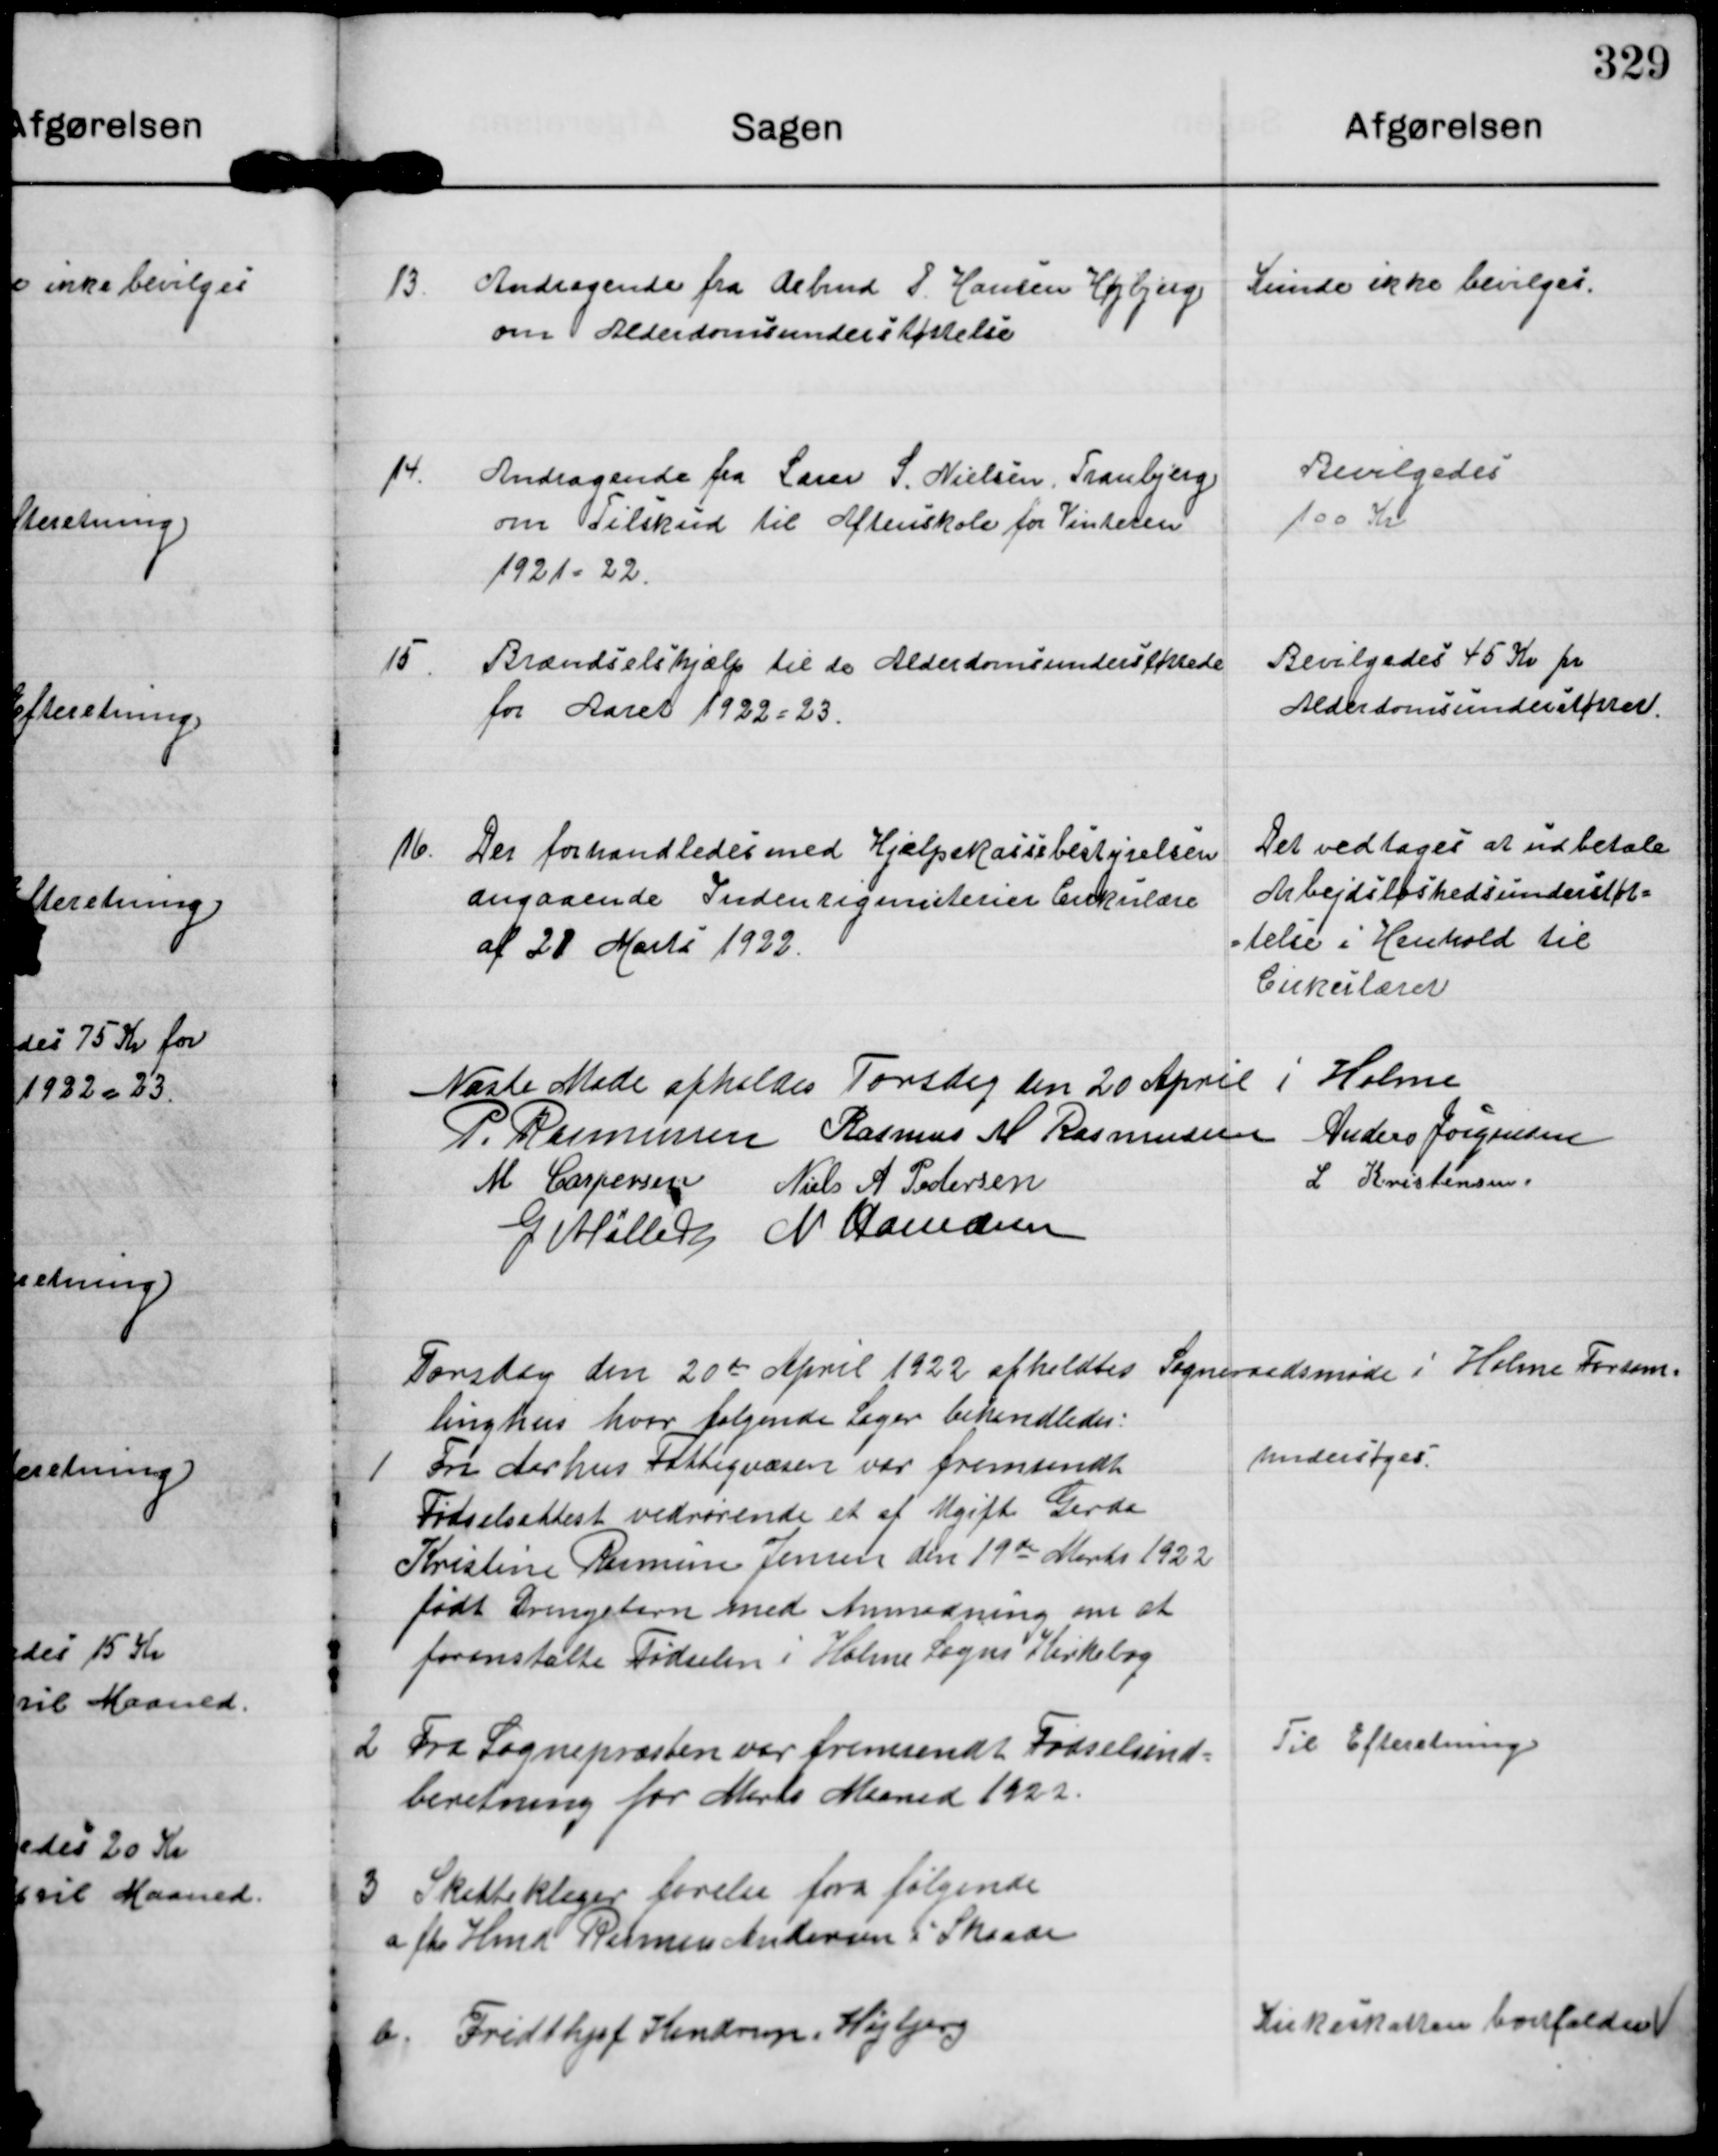
Transskription:
13. Andragende fra Arbmd P. Hansen Højbjerg
om Alderdomsunderstøttelse

Kunde ikke bevilges.

14. Andragende fra Lærer S. Nielsen, Tranbjerg
om Tilskud til Aftenskole for Vinteren
1921-22.

Bevilgedes
100 Kr.

15. Brændselshjælp til de Alderdomsunderstøtede
for Aaret 1922-23.

Bevilgedes 45 Kr pr
Alderdomsunderstøttet.

16. Der forhandledes med Hjælpekassebestyrelsen
angaaende Indenrigsmiteret Cirkulære
af 21 Marts 1922.

Det vedtages at udbetale
Arbejdsløshedsunderstøt-
telse i Henhold til
Cirkulæret.

Næste Møde afholdes Torsdag den 20 April i Holme

P. Rasmussen Rasmus M Rasmussen Anders Jørgensen
M Caspersen Niels A Pedersen
L Kristensen
G Møller M Hamann

Torsdeg den 20de April 1922 afholdtes Sogneraadsmøde i Holme Forsam-
linghus hvor følgende Sager behandledes

1 Fra Aarhus Fattigvæsen var fremsendt
Fødselsattest vedrørende et af Ugift Gerda
Kristine Rasmin Jensen den 19de Marts 1922
født Drengebarn med Anmodning om at
foranstalte Fødselen i Holme Sogns Kirkebog

undersøges

2 Fra Sognepræsten ver fremsendt Fødselsind-
beretning for Marts Maaned 1922.

Til Efteretning

3 Skatteklager forelaa fra følgende
a. fhv Hmd Rasmus Andersen i Skaade.

b. Fridthjof Hindrup, Højbjerg

Kirkeskatten bortfalder